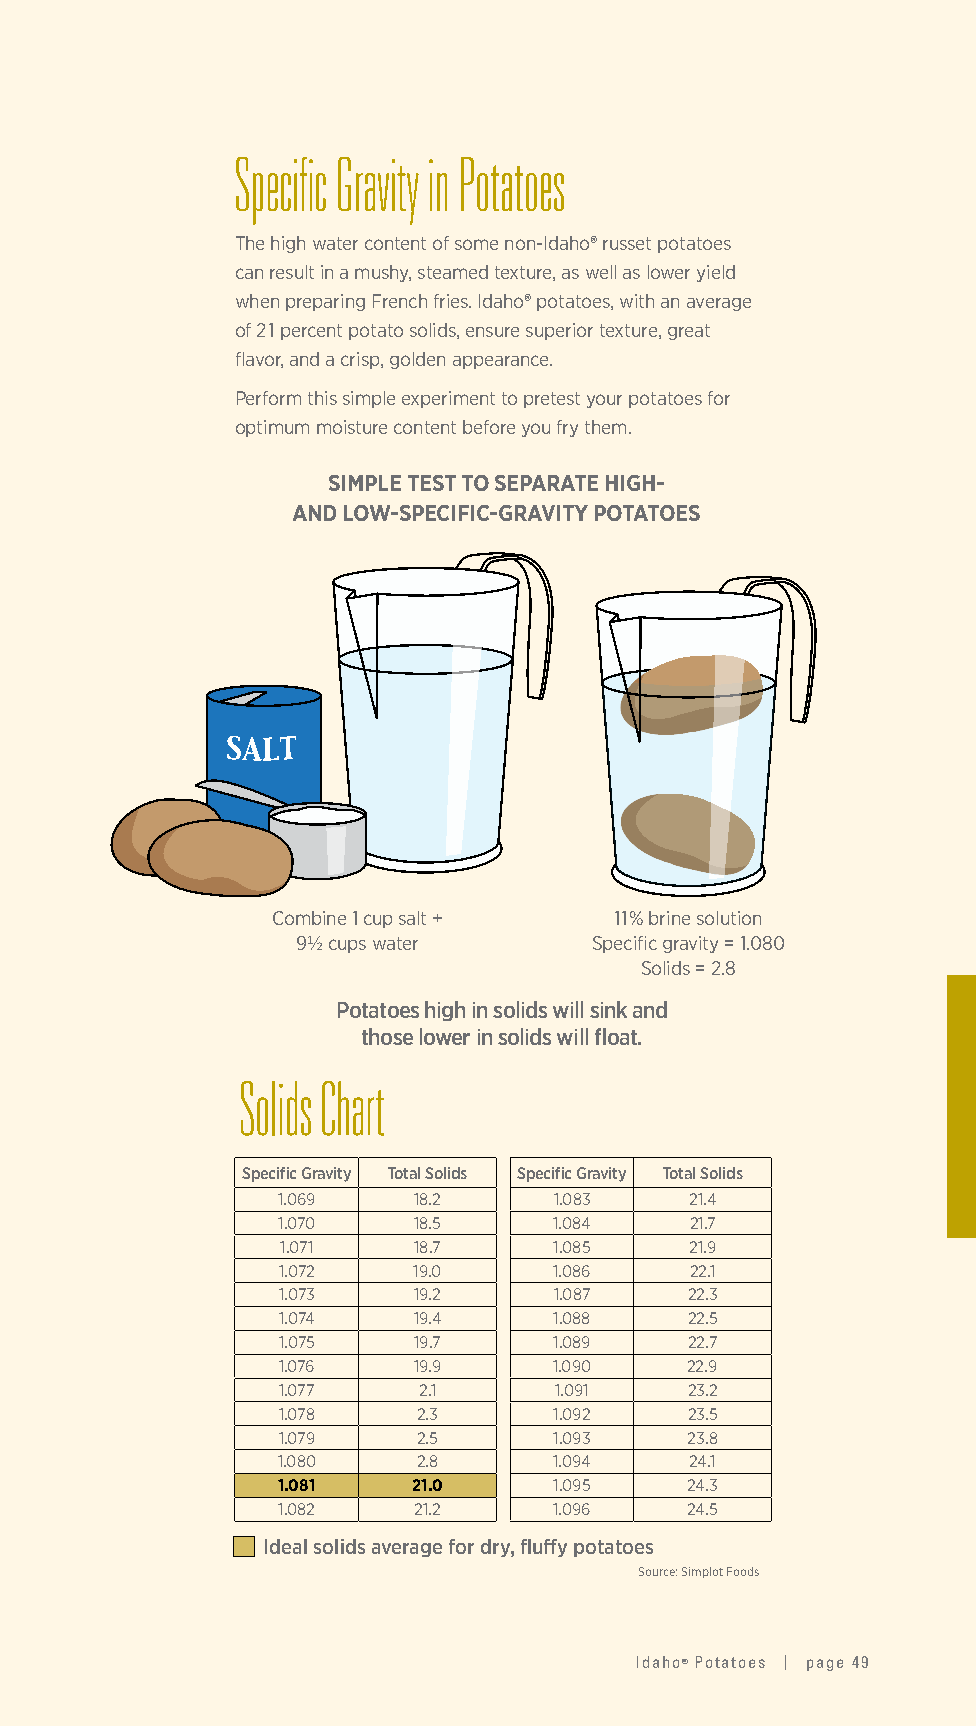
Specific Gravity in Potatoes
 The high water content of some non-Idaho® russet potatoes
 can result in a mushy, steamed texture, as well as lower yield
 when preparing French fries. Idaho® potatoes, with an average
 of 21 percent potato solids, ensure superior texture, great
 flavor, and a crisp, golden appearance.
 Perform this simple experiment to pretest your potatoes for
 optimum moisture content before you fry them.
 SIMPLE TEST TO SEPARATE HIGH-
 AND LOW-SPECIFIC-GRAVITY POTATOES
 Combine 1 cup salt +   11% brine solution
 9½ cups water      Specific gravity = 1.080
 Solids = 2.8
 Potatoes high in solids will sink and
 those lower in solids will float.
 Solids Chart
 Specific Gravity Total Solids Specific Gravity Total Solids
 1.069    18.2      1.083    21.4
 1.070    18.5      1.084    21.7
 1.071   18.7      1.085    21.9
 1.072    19.0      1.086    22.1
 1.073    19.2      1.087   22.3
 1.074    19.4      1.088   22.5
 1.075    19.7      1.089   22.7
 1.076    19.9      1.090   22.9
 1.077     2.1      1.091   23.2
 1.078     2.3      1.092   23.5
 1.079     2.5      1.093   23.8
 1.080     2.8      1.094    24.1
 1.081    21.0      1.095   24.3
 1.082    21.2      1.096   24.5
 Ideal solids average for dry, fluffy potatoes
 Source: Simplot Foods
 Idaho® Potatoes | page 49